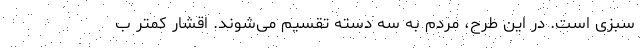
سبزی است. در این طرح، مردم به سه دسته تقسیم می‌شوند. اقشار کمتر ب